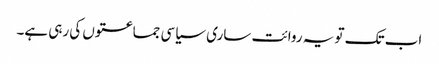
اب تک تو یہ روائت ساری سیاسی جماعتوں کی رہی ہے۔